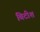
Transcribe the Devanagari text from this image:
बिटीश